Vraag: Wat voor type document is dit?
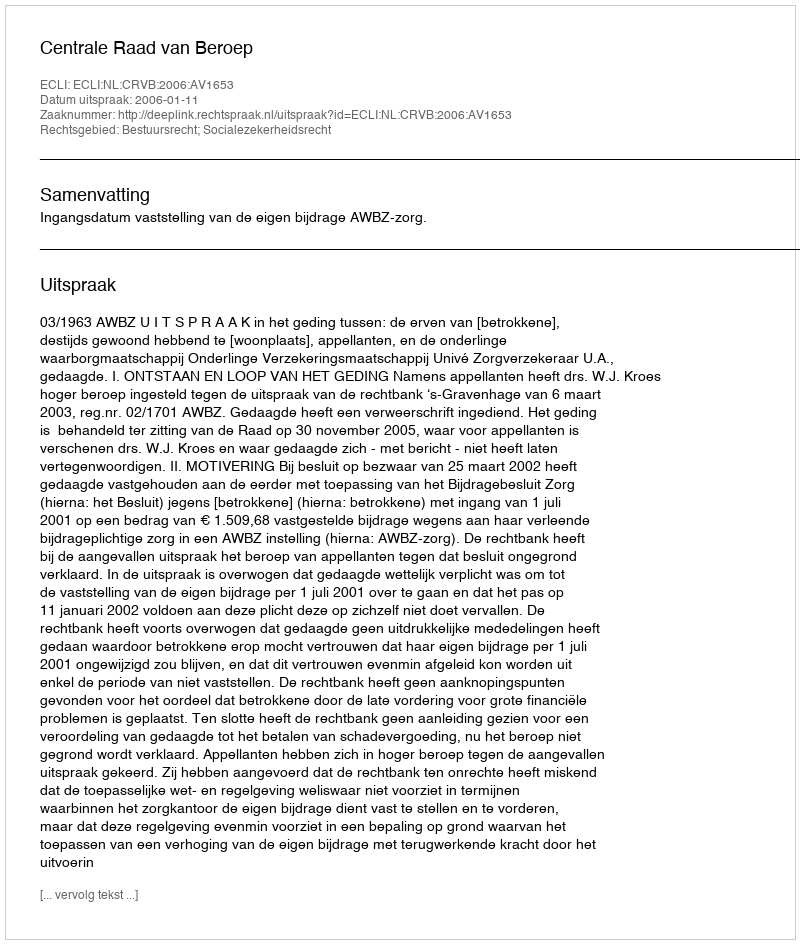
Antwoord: Uitspraak